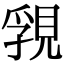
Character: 𧠾